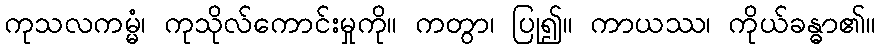
ကုသလကမ္မံ၊ ကုသိုလ်ကောင်းမှုကို။ ကတွာ၊ ပြု၍။ ကာယဿ၊ ကိုယ်ခန္ဓာ၏။